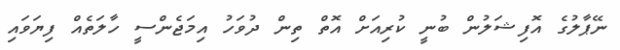
ނޭޕާލުގެ އޮފިޝަލުން ބުނީ ކުރިއަށް އޮތް ތިން ދުވަހު އިމަޖެންސީ ހާލަތެއް ފިޔަވައި